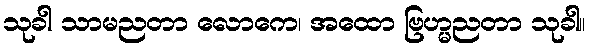
သုခါ သာမညတာ လောကေ၊ အထော ဗြဟ္မညတာ သုခါ။